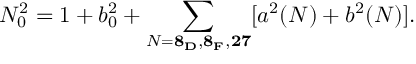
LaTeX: N _ { 0 } ^ { 2 } = 1 + b _ { 0 } ^ { 2 } + \sum _ { N = { \bf 8 _ { D } , 8 _ { F } , 2 7 } } [ a ^ { 2 } ( N ) + b ^ { 2 } ( N ) ] .